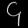
Digit: ၄